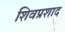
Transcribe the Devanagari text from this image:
शिवप्रशाद